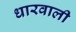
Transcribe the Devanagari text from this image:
धारवाली